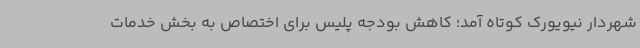
شهردار نیویورک کوتاه آمد؛ کاهش بودجه پلیس برای اختصاص به بخش خدمات